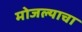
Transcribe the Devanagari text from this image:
मोजल्याचा